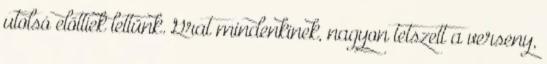
utolsó előttiek lettünk. Grat mindenkinek, nagyon tetszett a verseny,